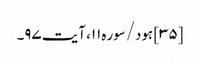
[۳۵] ہود/سوره۱۱، آیت ۹۷۔